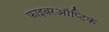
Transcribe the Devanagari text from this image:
फाइबरऑप्टिक